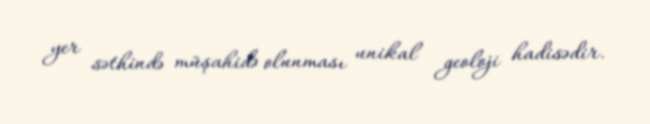
yer səthində müşahidə olunması unikal geoloji hadisədir.